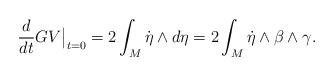
LaTeX: \begin{align*}\frac{d }{dt} GV \big|_{t=0}= 2 \int_M \dot{\eta} \wedge d \eta = 2 \int_M \dot{\eta} \wedge \beta \wedge \gamma.\end{align*}